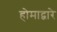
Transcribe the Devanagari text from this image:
होमाद्वारे